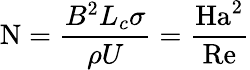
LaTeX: \mathrm{N}={\frac{B^{2}L_{c}\sigma}{\rho U}}={\frac{\mathrm{Ha}^{2}}{\mathrm{Re}}}